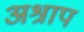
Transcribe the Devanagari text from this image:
अश्राप